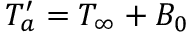
{ T _ { a } ^ { \prime } } = T _ { \infty } + B _ { 0 }